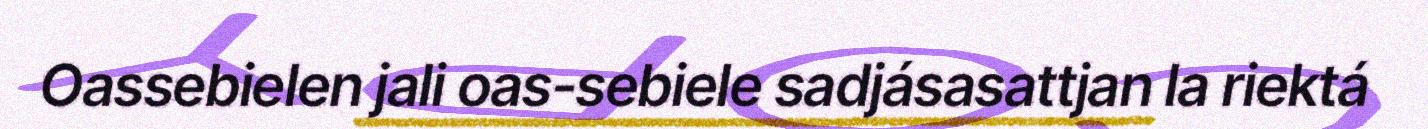
Oassebielen jali oas-sebiele sadjásasattjan la riektá